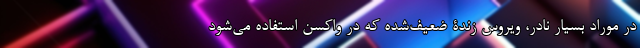
در مورادِ بسیار نادر، ویروسِ زندۀ ضعیف‌شده که در واکسن استفاده می‌شود